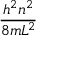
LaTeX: \frac { h ^ { 2 } n ^ { 2 } } { 8 m L ^ { 2 } }